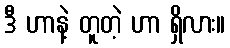
ဒီ ဟာနဲ့ တူတဲ့ ဟာ ရှိလား။